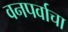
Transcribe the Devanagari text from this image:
वनपर्वाचा